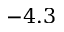
- 4 . 3